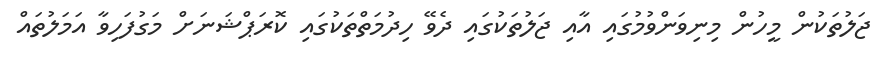
ޖަލުތަކުން މީހުން މިނިވަންވުމުގައި އާއި ޖަލުތަކުގައި ދެވޭ ހިދުމަތްތަކުގައި ކޮރަޕްޝަނަށް މަގުފަހިވާ އަމަލުތައް